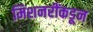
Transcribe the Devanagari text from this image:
मिशनरींकडून